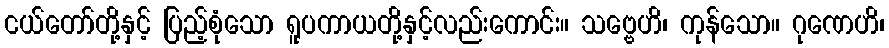
ငယ်တော်တို့နှင့် ပြည့်စုံသော ရူပကာယတို့နှင့်လည်းကောင်း။ သဗ္ဗေဟိ၊ ကုန်သော။ ဂုဏေဟိ၊